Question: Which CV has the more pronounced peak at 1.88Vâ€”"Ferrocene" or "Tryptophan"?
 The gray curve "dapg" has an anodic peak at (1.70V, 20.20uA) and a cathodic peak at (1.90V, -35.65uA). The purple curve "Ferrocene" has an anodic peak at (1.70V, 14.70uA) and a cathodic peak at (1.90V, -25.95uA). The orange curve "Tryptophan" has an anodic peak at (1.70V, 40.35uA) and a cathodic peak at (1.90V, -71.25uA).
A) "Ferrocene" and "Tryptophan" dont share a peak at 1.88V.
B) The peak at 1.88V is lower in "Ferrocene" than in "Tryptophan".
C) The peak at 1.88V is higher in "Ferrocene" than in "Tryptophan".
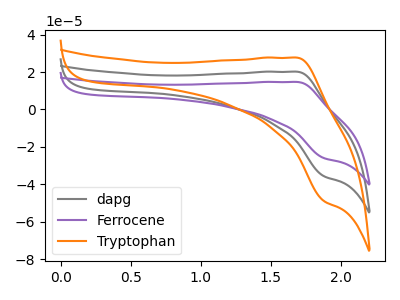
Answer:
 <answer>B) The peak at 1.88V is lower in "Ferrocene" than in "Tryptophan".</answer>
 <eval>B</eval>